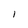
Character: I